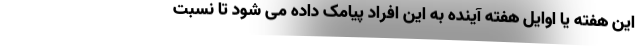
این هفته یا اوایل هفته آینده به این افراد پیامک داده می شود تا نسبت